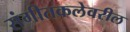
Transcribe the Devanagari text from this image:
संगीतकलेवरील